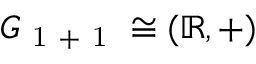
G _ { \mathrm { ~ 1 ~ + ~ 1 ~ } } \cong ( \mathbb { R } , + )